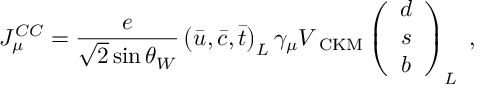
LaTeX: J _ { \mu } ^ { C C } = \frac { e } { \sqrt { 2 } \sin \theta _ { W } } \left( \bar { u } , \bar { c } , \bar { t } \right) _ { L } \gamma _ { \mu } V _ { \mathrm { \footnotesize { ~ C K M } } } \left( \begin{array} { c } { { d } } \\ { { s } } \\ { { b } } \end{array} \right) _ { L } \; ,